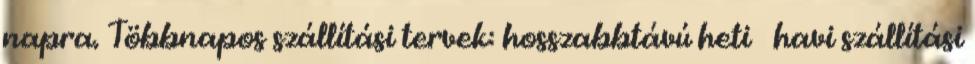
napra. Többnapos szállítási tervek: hosszabbtávú heti havi szállítási